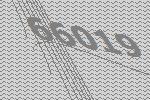
66019